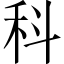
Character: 科